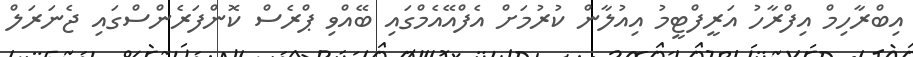
އިބްރާހިމް އިފްރާހު އަރީފްޓީމު އިއުލާން ކުރުމަށް އެފްއޭއެމްގައި ބޭއްވި ޕްރެސް ކޮންފަރެންސްގައި ޖެނަރަލް